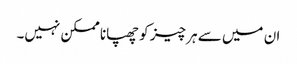
ان میں سے ہر چیز کو چھپانا ممکن نہیں۔